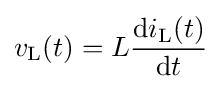
v_{\text{L}}(t)=L{\frac {\mathrm {d} i_{\text{L}}(t)}{\mathrm {d} t}}